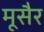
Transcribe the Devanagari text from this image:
मूसैर